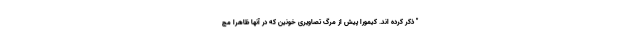
" ذکر کرده اند. کیمورا پیش از مرگ تصاویری خونین که در آنها ظاهرا مچ